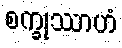
စက္ခုဿာဟံ